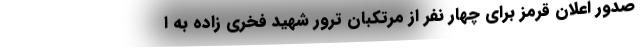
صدور اعلان قرمز برای چهار نفر از مرتکبان ترور شهید فخری زاده به ا